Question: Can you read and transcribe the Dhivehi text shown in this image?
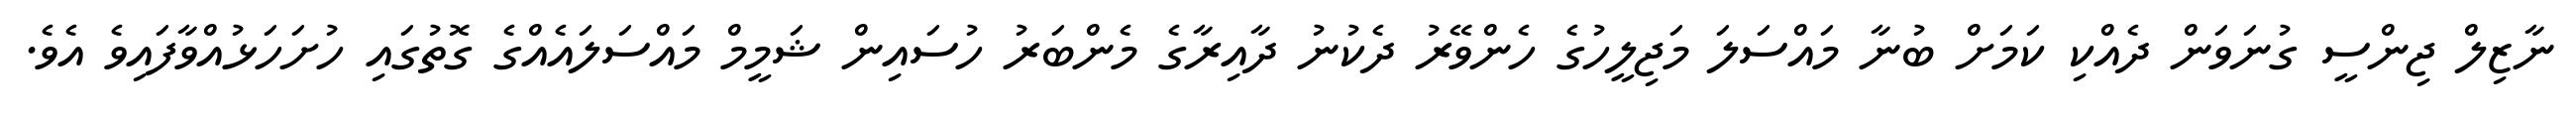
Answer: ނާޒިލް ޖިންސީ ގުނަވަން ދެއްކި ކަމަށް ބުނާ މައްސަލަ މަޖިލީހުގެ ހެންވޭރު ދެކުނު ދާއިރާގެ މެންބަރު ހުސައިން ޝަމީމް މައްސަލައެއްގެ ގޮތުގައި ހުށަހަޅުއްވާފައިވެ އެވެ.